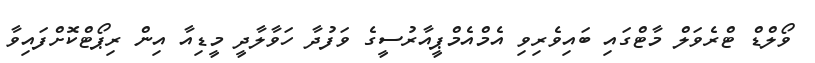
ވޯލްޑް ޓްރެވަލް މާޓްގައި ބައިވެރިވި އެމްއެމްޕީއާރުސީގެ ވަފުދާ ހަވާލާދީ މީޑިއާ އިން ރިޕޯޓްކޮށްފައިވާ